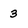
Character: 3